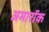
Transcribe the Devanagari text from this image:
अमारॉक